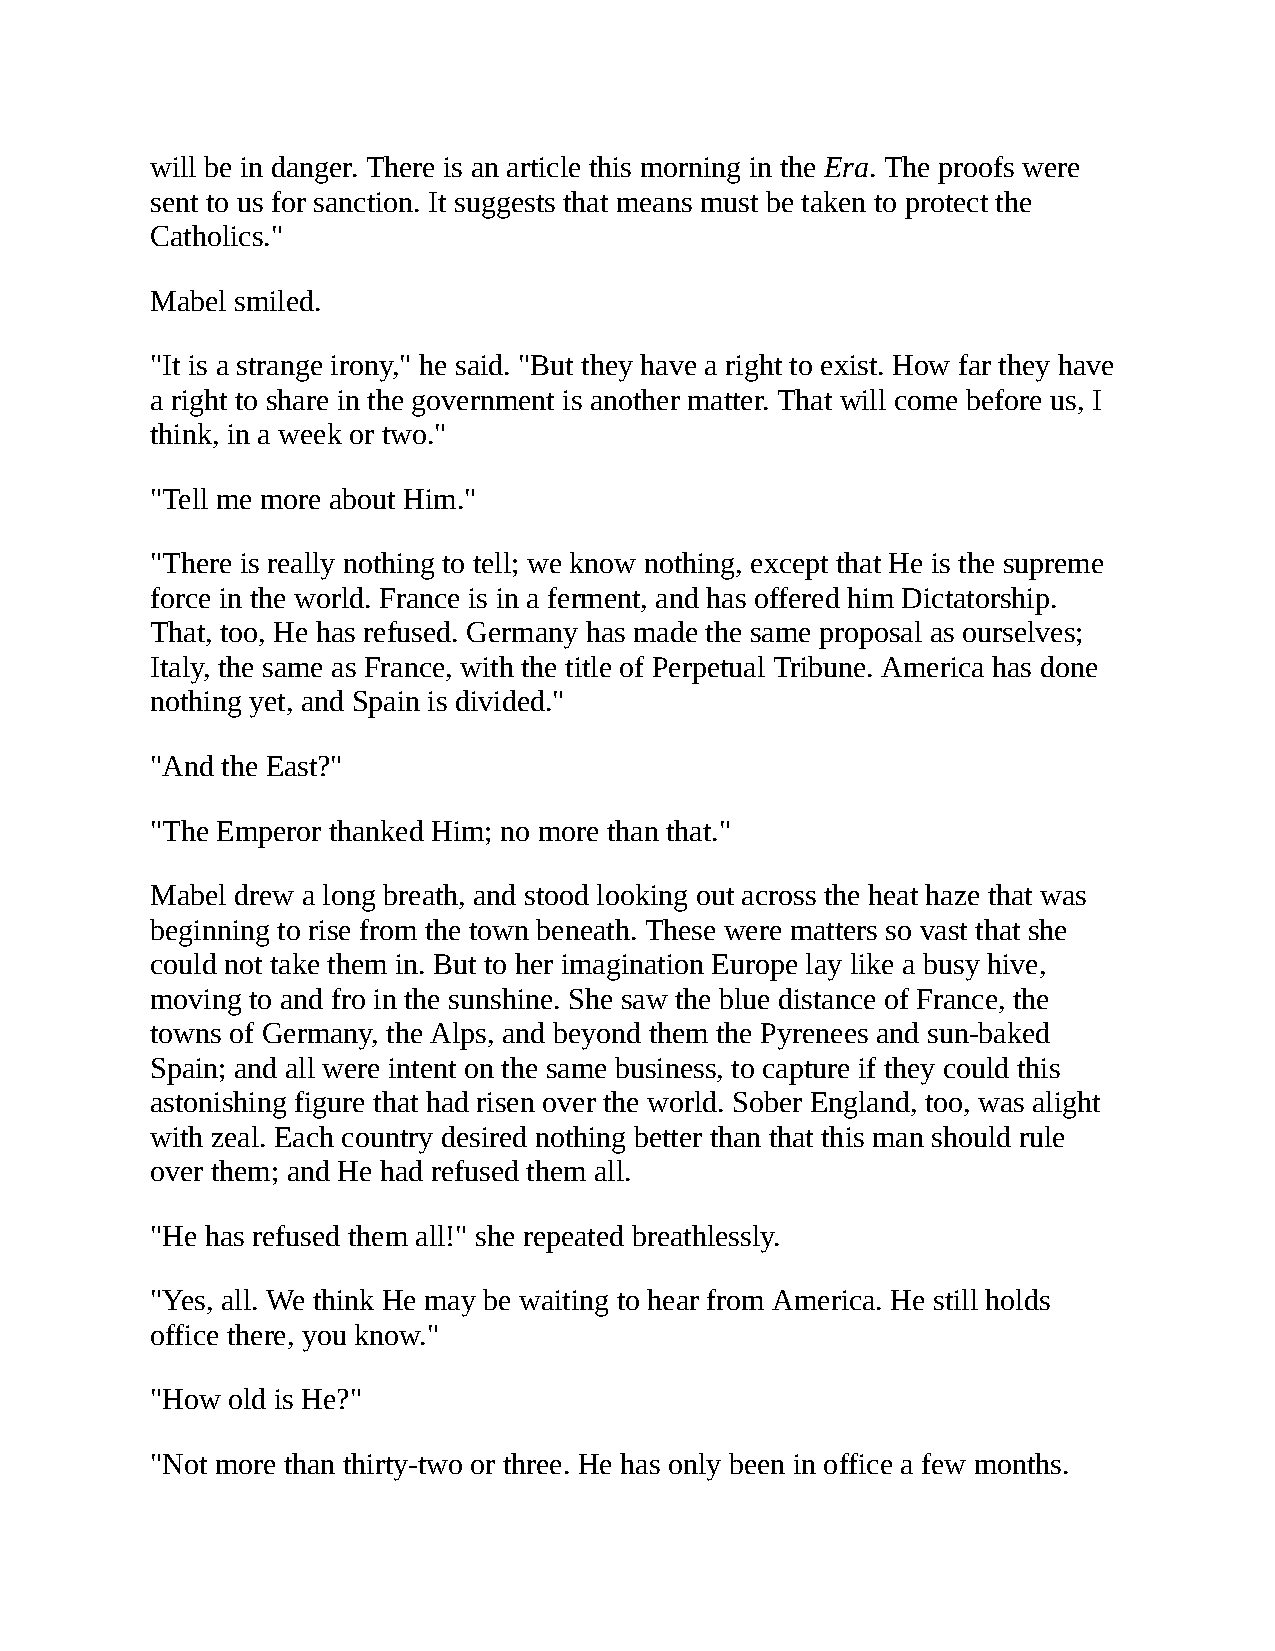
will be in danger. There is an article this morning in the Era. The proofs were
 sent to us for sanction. It suggests that means must be taken to protect the
 Catholics."
 Mabel smiled.
 "It is a strange irony," he said. "But they have a right to exist. How far they have
 a right to share in the government is another matter. That will come before us, I
 think, in a week or two."
 "Tell me more about Him."
 "There is really nothing to tell; we know nothing, except that He is the supreme
 force in the world. France is in a ferment, and has offered him Dictatorship.
 That, too, He has refused. Germany has made the same proposal as ourselves;
 Italy, the same as France, with the title of Perpetual Tribune. America has done
 nothing yet, and Spain is divided."
 "And the East?"
 "The Emperor thanked Him; no more than that."
 Mabel drew a long breath, and stood looking out across the heat haze that was
 beginning to rise from the town beneath. These were matters so vast that she
 could not take them in. But to her imagination Europe lay like a busy hive,
 moving to and fro in the sunshine. She saw the blue distance of France, the
 towns of Germany, the Alps, and beyond them the Pyrenees and sun-baked
 Spain; and all were intent on the same business, to capture if they could this
 astonishing figure that had risen over the world. Sober England, too, was alight
 with zeal. Each country desired nothing better than that this man should rule
 over them; and He had refused them all.
 "He has refused them all!" she repeated breathlessly.
 "Yes, all. We think He may be waiting to hear from America. He still holds
 office there, you know."
 "How old is He?"
 "Not more than thirty-two or three. He has only been in office a few months.